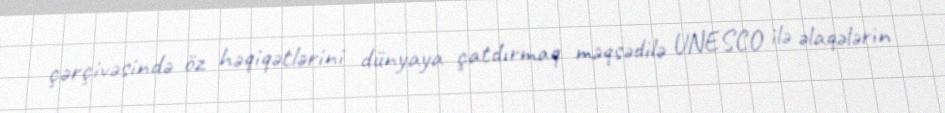
çərçivəsində öz həqiqətlərini dünyaya çatdırmaq məqsədilə UNESCO ilə əlaqələrin